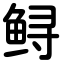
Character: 鲟